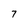
Character: 7